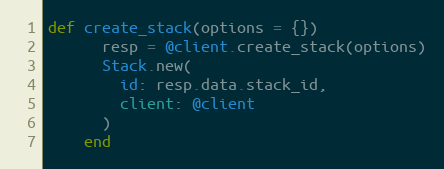
Language: Ruby
def create_stack(options = {})
      resp = @client.create_stack(options)
      Stack.new(
        id: resp.data.stack_id,
        client: @client
      )
    end